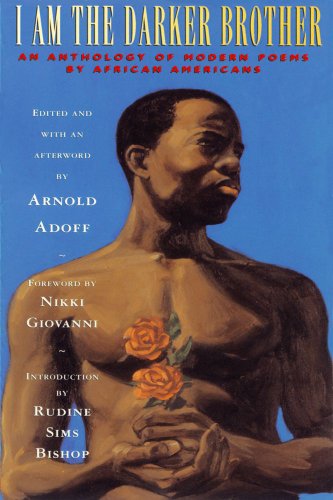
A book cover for I Am the Darker Brother: An Anthology of Modern Poems by African Americans; Arnold Adoff; Teen & Young Adult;